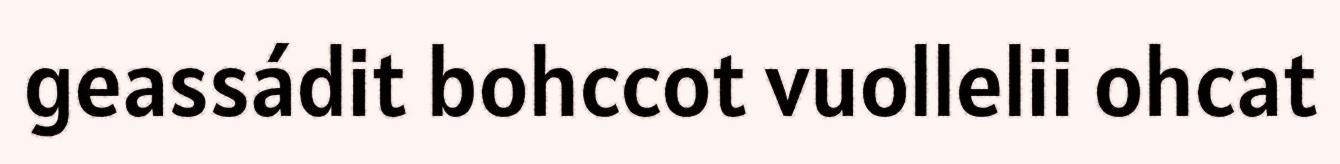
geassádit bohccot vuollelii ohcat